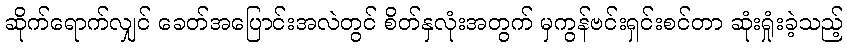
ဆိုက်ရောက်လျှင် ခေတ်အပြောင်းအလဲတွင် စိတ်နှလုံးအတွက် မှကွန်ဗင်းရှင်းစင်တာ ဆုံးရှုံးခဲ့သည့်